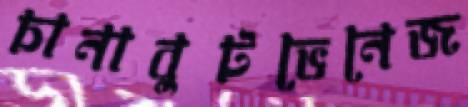
চানাবুটভেনেজ